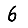
Digit: 6